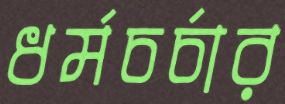
ধর্মচর্চার